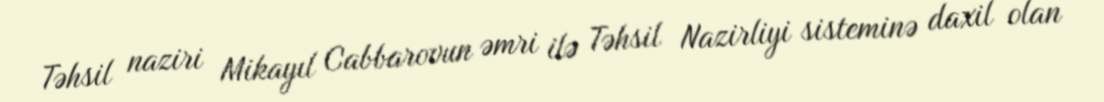
Təhsil naziri Mikayıl Cabbarovun əmri ilə Təhsil Nazirliyi sisteminə daxil olan